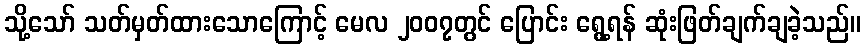
သို့သော် သတ်မှတ်ထားသောကြောင့် မေလ ၂၀၀၇တွင် ပြောင်း ရွေ့ရန် ဆုံးဖြတ်ချက်ချခဲ့သည်။